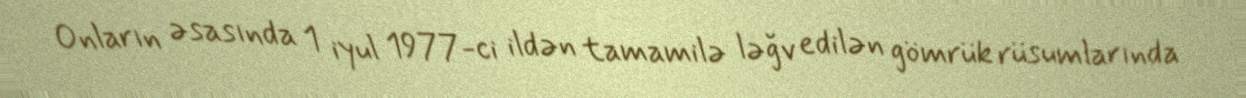
Onların əsasında 1 iyul 1977-ci ildən tamamilə ləğv edilən gömrük rüsumlarında